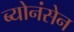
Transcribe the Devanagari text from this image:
ब्योनंसेन